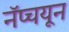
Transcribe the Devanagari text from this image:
नॅप्चयून